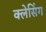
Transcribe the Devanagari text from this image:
क्लेसिंग